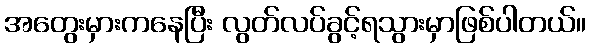
အတွေးမှားကနေပြီး လွတ်လပ်ခွင့်ရသွားမှာဖြစ်ပါတယ်။